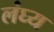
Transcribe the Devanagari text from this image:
लंघ्य